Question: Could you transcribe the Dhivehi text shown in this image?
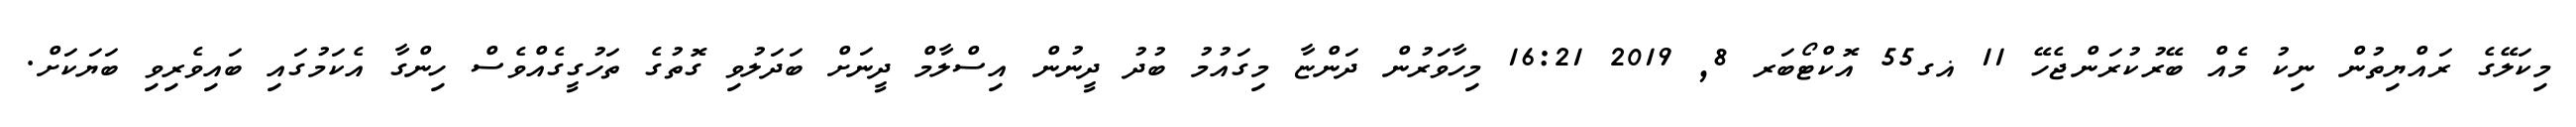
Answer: މިކަލޭގެ ރައްޔިތުން ނިކު މެއް ބޭރުކުރަންޖެހޭ 11 ޣގ55 އޮކްޓޯބަރ 8, 2019 16:21 މިހާވަރުން ދަންޏާ މިގައުމު ބުދު ދީނުން އިސްލާމް ދީނަށް ބަދަލުވި ގޮތުގެ ތަހުގީގެއްވެސް ހިންގާ އެކަމުގައި ބައިވެރިވި ބަޔަކަށް.